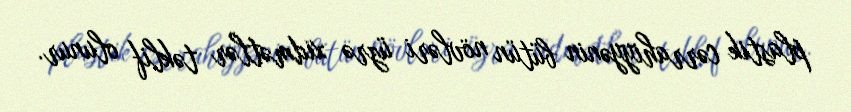
plastik cərrahiyyənin bütün növləri üzrə xidmətlər təklif olunur.